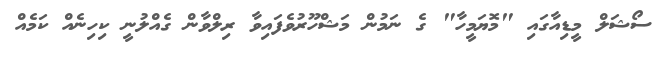
ސޯޝަލް މީޑިއާގައި "މޮޔަމީހާ" ގެ ނަމުން މަޝްހޫރުވެފައިވާ ރިލްވާން ގެއްލުނީ ކިހިނެއް ކަމެއް